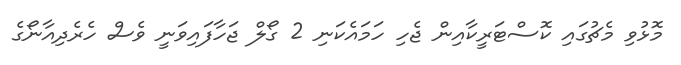
މޮޅުވި މެޗުގައި ކޮސްޓަރީކާއިން ޖެހި ހަމައެކަނި 2 ގޯލް ޖަހާފައިވަނީ ވެސް ހެރެދިއާނޯގެ